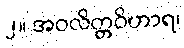
၂။ အဝလိတ္တဝိဟာရ၊